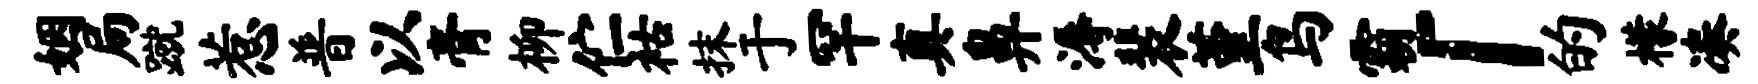
姻局蹴惹普以膏柳伫祜抹于罕真鼻溽裴堇鸟霸「的檬凑